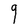
Character: q